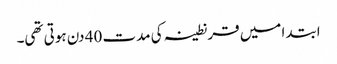
ابتدا میں قرنطینہ کی مدت 40 دن ہوتی تھی۔